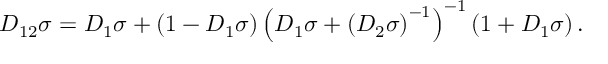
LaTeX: D _ { 1 2 } \sigma = D _ { 1 } \sigma + \left( 1 - D _ { 1 } \sigma \right) \left( D _ { 1 } \sigma + \left( D _ { 2 } \sigma \right) ^ { - 1 } \right) ^ { - 1 } \left( 1 + D _ { 1 } \sigma \right) .